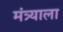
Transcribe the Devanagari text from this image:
मंत्र्याला